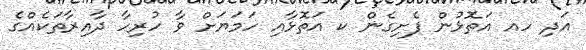
އަދި ހއ އަތޮޅުން ފެށިގެން ކ އަތޮޅާއި ހަމަޔަށް ވާ ހުރިހާ ދާއިރާތަކެއްގެ